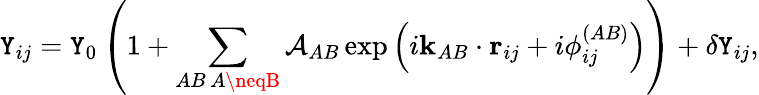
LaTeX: \mathtt{Y}_{ij}=\mathtt{Y}_{0}\left(1+\sum_{\substack{AB\, A\neqB}}\mathcal{{A}}_{AB}\exp\left(i\mathbf{{k}}_{AB}\cdot\mathbf{{r}}_{ij}+i\phi_{ij}^{(AB)}\right)\right)+\delta\mathtt{Y}_{ij},